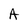
Character: A